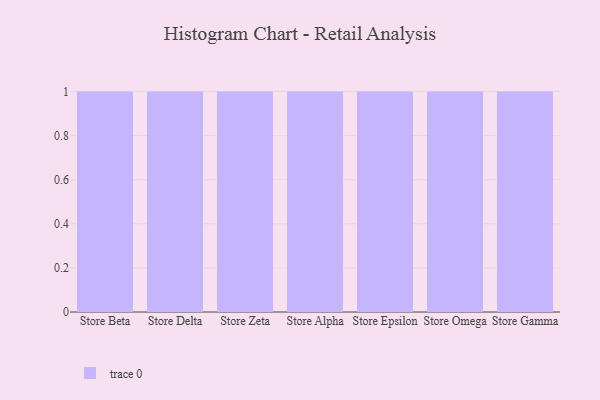
{"axis": {"x": "Store", "y": "Backlog"}, "legend": [""], "data": [{"x": "Store Beta", "y": 90, "type": ""}, {"x": "Store Delta", "y": 4, "type": ""}, {"x": "Store Zeta", "y": 42, "type": ""}, {"x": "Store Alpha", "y": 86, "type": ""}, {"x": "Store Epsilon", "y": 29, "type": ""}, {"x": "Store Omega", "y": 80, "type": ""}, {"x": "Store Gamma", "y": 88, "type": ""}]}